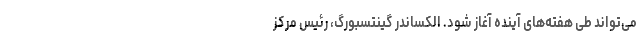
می‌تواند طی هفته‌های آینده آغاز شود. الکساندر گینتسبورگ، رئیس مرکز